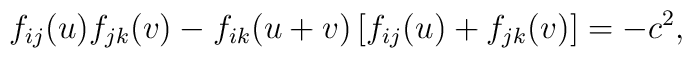
f_{ij}(u) f_{jk}(v) - f_{ik}(u+v) \left[f_{ij}(u) + f_{jk}(v)\right] =  - c^2,